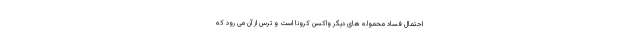
احتمال فساد محموله های دیگر واکسن کرونا است و ترس از آن می رود که